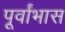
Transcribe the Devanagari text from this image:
पूर्वांभास